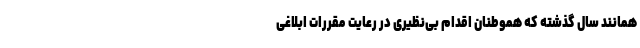
همانند سال گذشته که هموطنان اقدام بی‌نظیری در رعایت مقررات ابلاغی